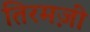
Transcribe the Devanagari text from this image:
तिरमज़ी